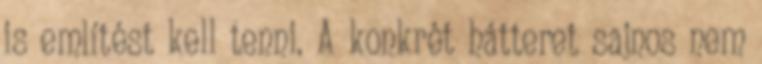
is említést kell tenni. A konkrét hátteret sajnos nem